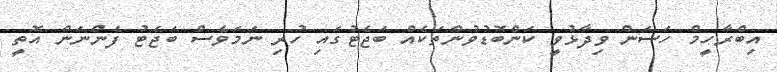
އިބްރާހީމް ހަސަން ވިދާޅުވީ ކަންބޮޑުވުންތަކެއް ބަޖެޓުގައި ހުރި ނަމަވެސް ބަޖެޓު ފެންނަން އޮތީ